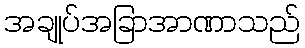
အချုပ်အခြာအာဏာသည်